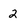
Character: 2